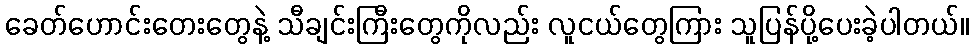
ခေတ်ဟောင်းတေးတွေနဲ့ သီချင်းကြီးတွေကိုလည်း လူငယ်တွေကြား သူပြန်ပို့ပေးခဲ့ပါတယ်။